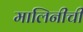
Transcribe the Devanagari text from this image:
मालिनीची